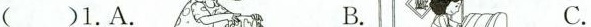
()1.A. B. C。